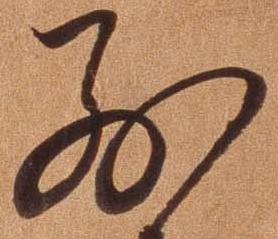
別